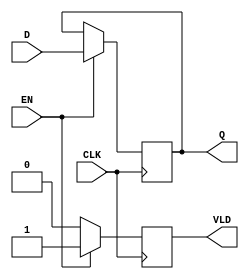
module PipelineBuffer (
    input wire [N-1:0] D,      // Data input
    input wire CLK,            // Clock signal
    input wire EN,             // Enable signal
    output reg [N-1:0] Q,      // Data output
    output reg VLD             // Valid signal
);
    parameter N = 8;           // Width of the data bus (can be adjusted)

    always @(posedge CLK) begin
        if (EN) begin
            Q <= D;            // Latch input data on enable
            VLD <= 1'b1;      // Assert valid signal
        end else begin
            VLD <= 1'b0;      // Deassert valid signal if not enabled
        end
    end
endmodule